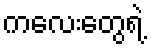
ကလေးတွေရဲ့